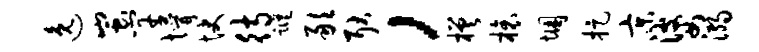
逸蚩竿懵快待踪敢耿，槎榱悃捉京婆溺